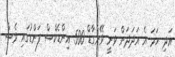
އަދި ހަމަ އެ އަދަދަށް ވަނީ ވޭންގާޑް 500 އިންޑެކްސް ފަންޑުގައި ވެސް